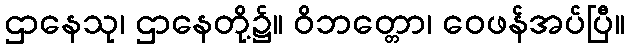
ဌာနေသု၊ ဌာနေတို့၌။ ဝိဘတ္တော၊ ဝေဖန်အပ်ပြီ။